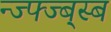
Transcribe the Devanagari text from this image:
न्ज्फ्ज्ब्स्ब